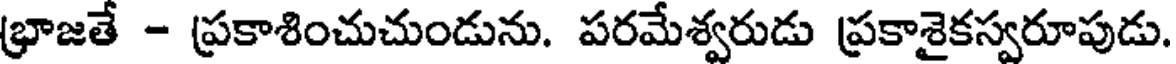
భ్రాజతే - ప్రకాశించుచుండును. పరమేశ్వరుడు ప్రకాశైకస్వరూపుడు.